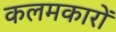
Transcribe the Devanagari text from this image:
कलमकारों